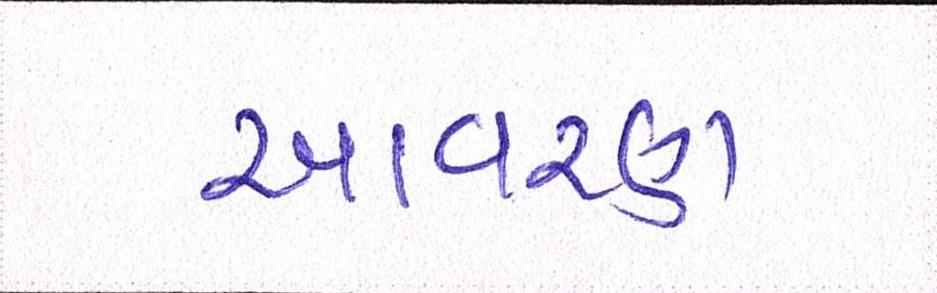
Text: આવરણ